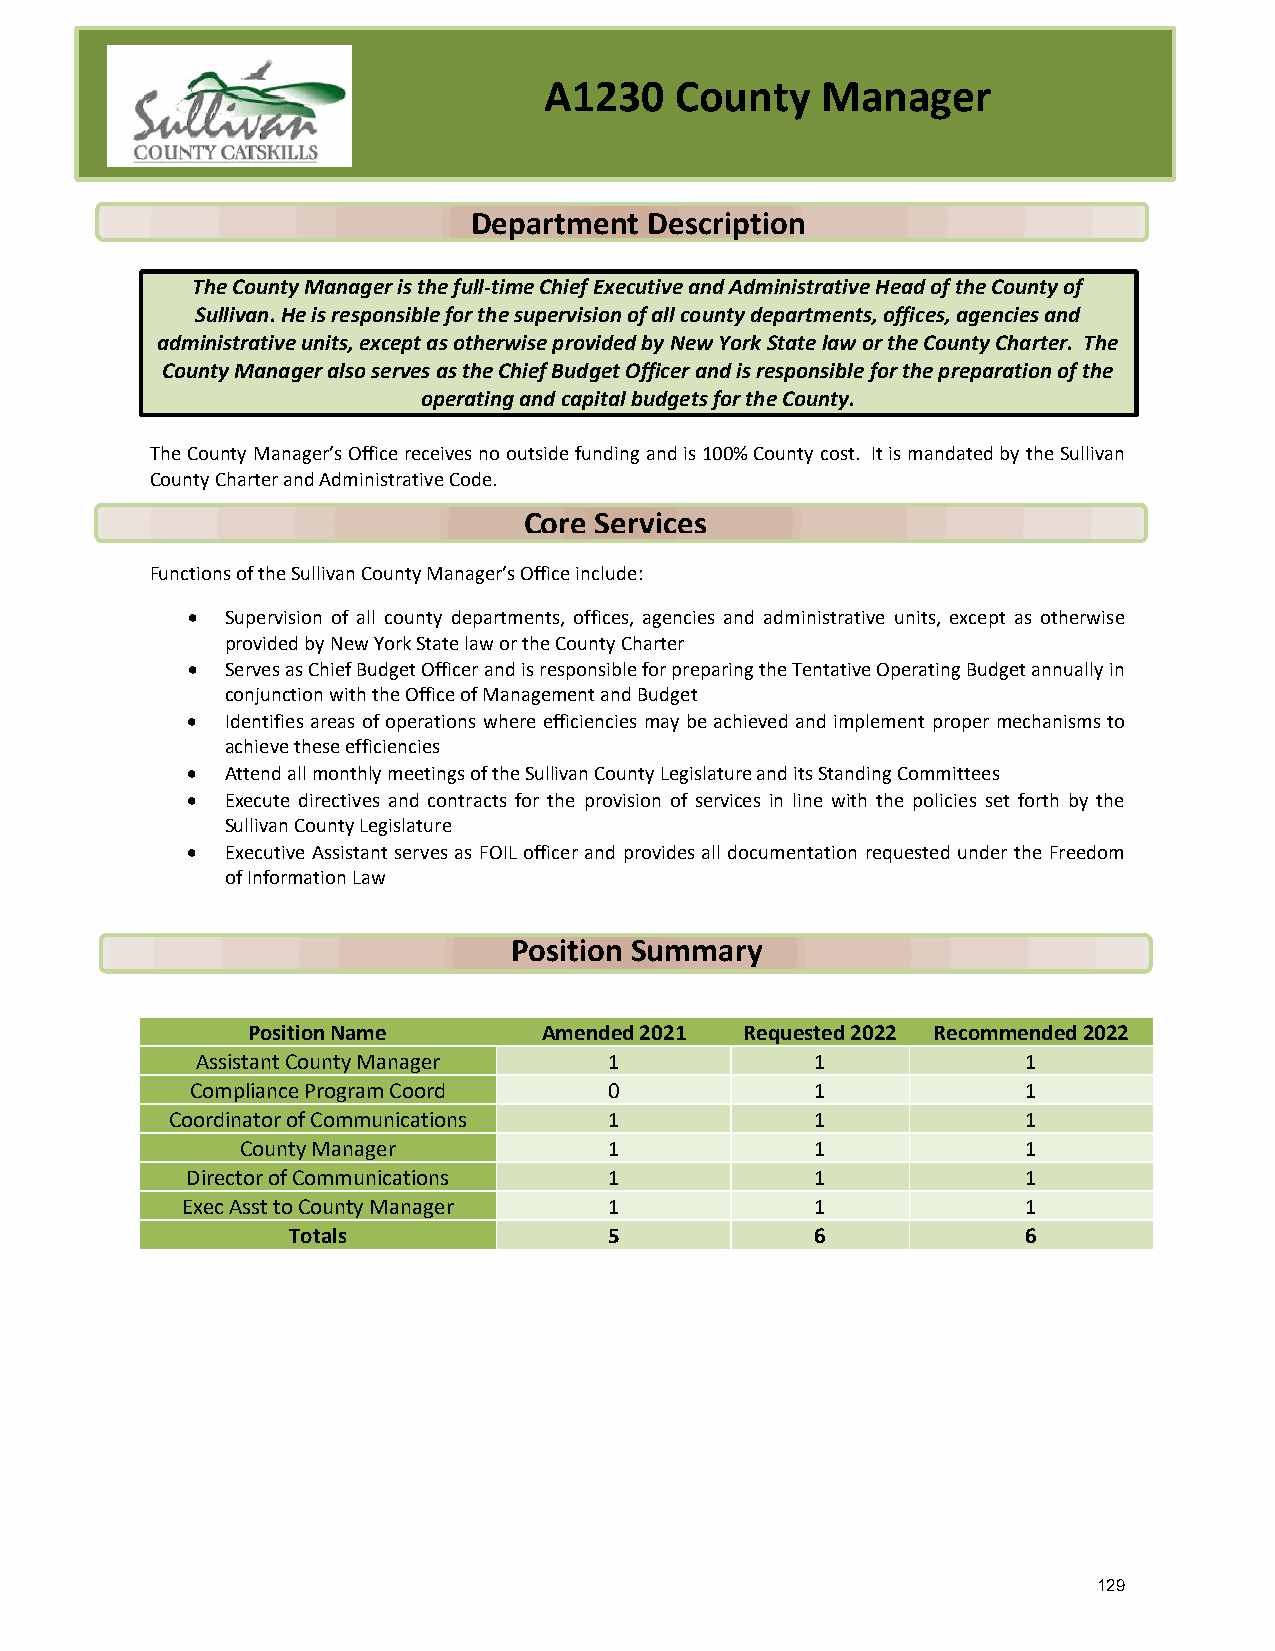
A1230    County   Manager
 Department  Description
 The County Manager is the full-time Chief Executive and Administrative Head of the County of
 Sullivan. He is responsible for the supervision of all county departments, offices, agencies and
 administrative units, except as otherwise provided by New York State law or the County Charter. The
 County Manager also serves as the Chief Budget Officer and is responsible for the preparation of the
 operating and capital budgets for the County.
 The County Manager’s Office receives no outside funding and is 100% County cost. It is mandated by the Sullivan
 County Charter and Administrative Code.
 Core Services
 Functions of the Sullivan County Manager’s Office include:
 •  Supervision of all county departments, offices, agencies and administrative units, except as otherwise
 provided by New York State law or the County Charter
 •  Serves as Chief Budget Officer and is responsible for preparing the Tentative Operating Budget annually in
 conjunction with the Office of Management and Budget
 •  Identifies areas of operations where efficiencies may be achieved and implement proper mechanisms to
 achieve these efficiencies
 •  Attend all monthly meetings of the Sullivan County Legislature and its Standing Committees
 •  Execute directives and contracts for the provision of services in line with the policies set forth by the
 Sullivan County Legislature
 •  Executive Assistant serves as FOIL officer and provides all documentation requested under the Freedom
 of Information Law
 Position Summary
 Position Name       Amended 2021 Requested 2022 Recommended 2022
 Assistant County Manager   1             1             1
 Compliance Program Coord   0             1             1
 Coordinator of Communications 1            1             1
 County Manager          1             1             1
 Director of Communications  1             1             1
 Exec Asst to County Manager 1             1             1
 Totals               5             6             6
 129